Madras plague regulations in force outside the Presidency town - Volume 2
Disease focus: Plague
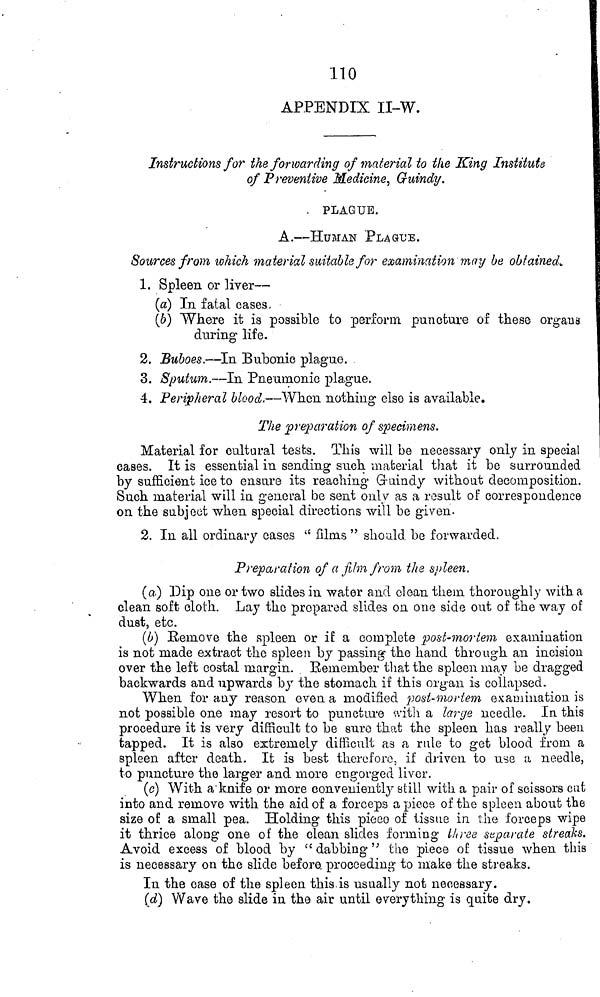
110
APPENDIX II-W.
Instructions for the forwarding of material to the King Institute
of Preventive Medicine, Guindy.
. PLAGUE.
A.—HUMAN PLAGUE.
Sources from which material suitable for examination may be obtained.
1. Spleen or liver—
(a) In fatal cases.
(6) Where it is possible to perform puncture of these organs
during life.
2. Buboes.—In Bubonic plague.
3. Sputum.—In Pneamonic plague.
4. Peripheral blood.—When nothing else is available.
The preparation of specimens.
Material for cultural tests. This will be necessary only in special
cases. It is essential in sending such material that it be surrounded
by sufficient ice to ensure its reaching Guindy without decomposition.
Such material will in general be sent only as a result of correspondence
on the subject when special directions will be given.
2. In all ordinary cases " films " should be forwarded.
Preparation of a film from the spleen.
(a) Dip one or two slides in water and clean them thoroughly with a
clean soft cloth. Lay the prepared slides on one side out of the way of
dust, etc.
(b) Remove the spleen or if a complete post-mortem examination
is not made extract the spleen by passing the hand through an incision
over the left costal margin. Remember that the spleen may be dragged
backwards and upwards by the stomach if this organ is collapsed.
When for any reason even a modified post-mortem examination is
not possible one may resort to puncture with a large needle. In this
procedure it is very difficult to be sure that the spleen has really been
tapped. It is also extremely difficult as a rule to get blood from a
spleen after death. It is best therefore, if driven to use a needle,
to puncture the larger and more engorged liver.
(c) With a knife or more conveniently still with a pair of scissors cut
into and remove with the aid of a forceps a piece of the spleen about the
size of a small pea. Holding this piece of tissue in the forceps wipe
it thrice along one of the clean slides forming three separate streaks.
Avoid excess of blood by " dabbing" the piece of tissue when this
is necessary on the slide before proceeding to make the streaks.
In the case of the spleen this is usually not necessary.
(d) Wave the slide in the air until everything is quite dry.